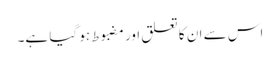
اس سے ان کا تعلق اور مضبوط ہو گیا ہے۔